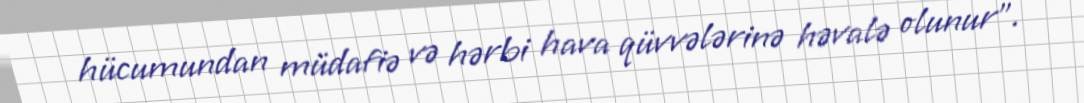
hücumundan müdafiə və hərbi hava qüvvələrinə həvalə olunur”.